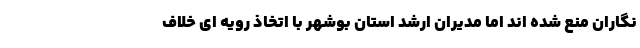
نگاران منع شده اند اما مدیران ارشد استان بوشهر با اتخاذ رویه ای خلاف